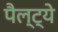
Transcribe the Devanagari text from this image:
पैल्ट्ये